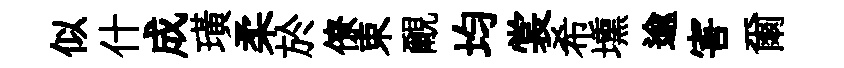
似什成璜柔於僚束覼均裳希壎逾害爾